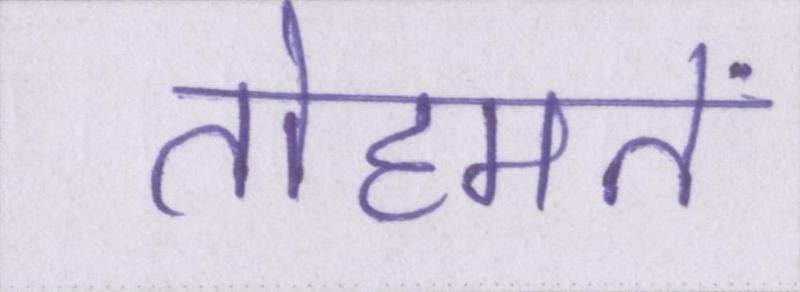
तोहमतें